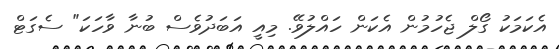
އެކަމަކު ގޯލް ޖެހުމުން އެކަން ހައްލުވޭ. މިއީ އަބަދުވެސް ބުނާ ވާހަކަ" ސެގަޓް